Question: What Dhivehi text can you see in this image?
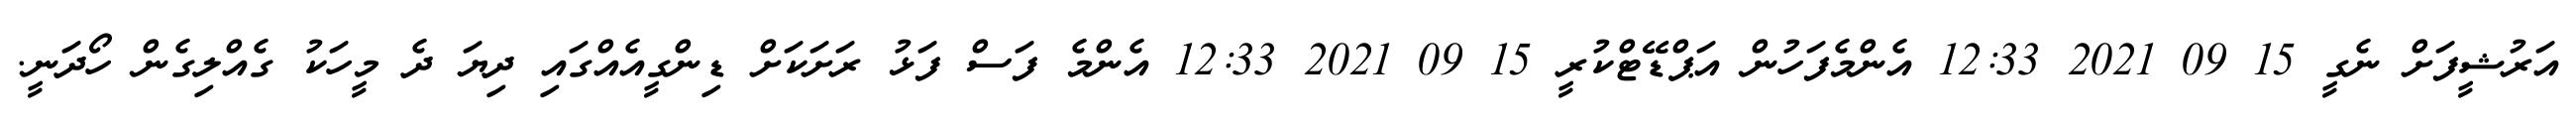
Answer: އަރުޝީފަށް ނެގީ 15 09 2021 12:33 އެންމެފަހުން އަޕްޑޭޓްކުރީ 15 09 2021 12:33 އެންމެ ފަސް ފަޅު ރަށަކަށް ޑިންގީއެއްގައި ދިޔަ ދެ މީހަކު ގެއްލިގެން ހޯދަނީ.